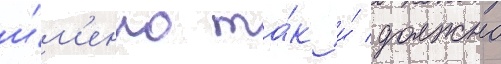
и́м'енно та́к и́ должно